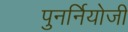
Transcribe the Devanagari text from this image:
पुनर्नियोजी